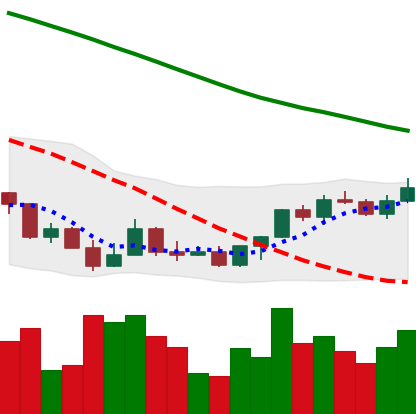
Ticker: LINK-USD
Chart end date: 2022-03-22
Forward return: 9.052%
Label: up_7plus